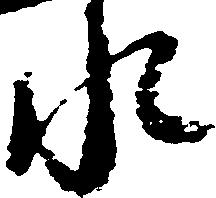
永